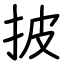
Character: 披